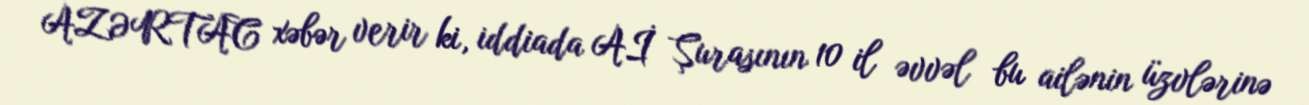
AZƏRTAC xəbər verir ki, iddiada Aİ Şurasının 10 il əvvəl bu ailənin üzvlərinə